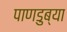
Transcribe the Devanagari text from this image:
पाणडुब्या